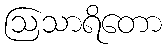
ဩသာရိတော